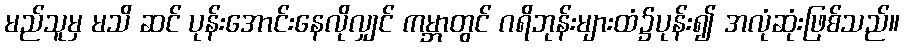
မည်သူမှ မသိ ဆင် ပုန်းအောင်းနေလိုလျှင် ကမ္ဘာတွင် ဂရိဘုန်းများထံ၌ပုန်း၍ အလုံဆုံးဖြစ်သည်။